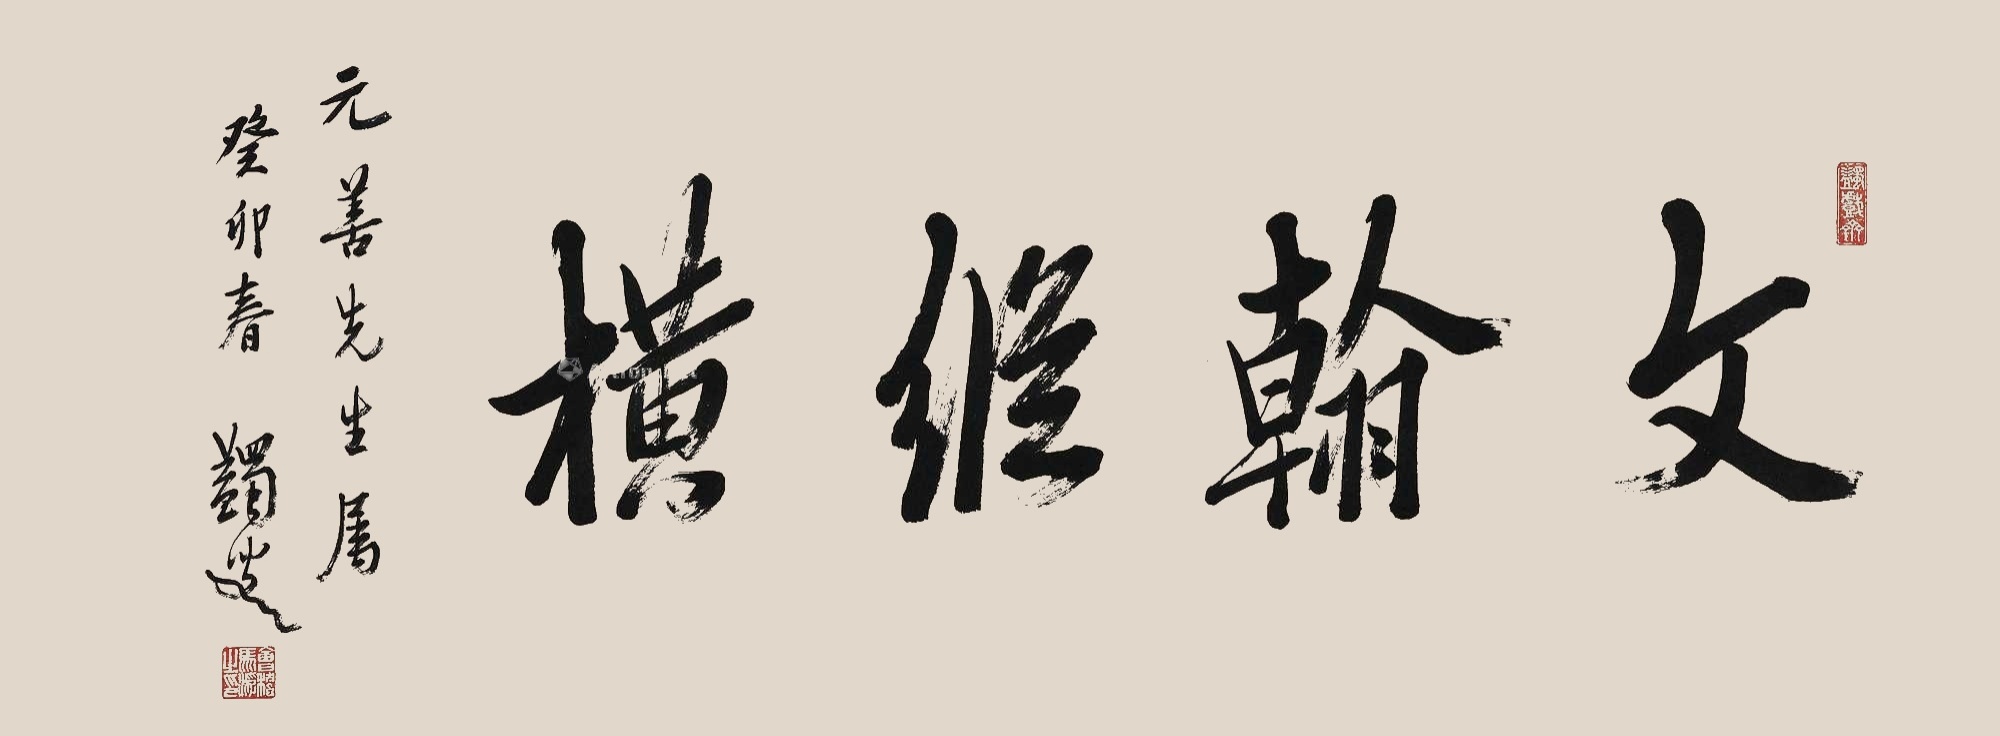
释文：文翰纵横元善先生属，癸卯春，蠲叟